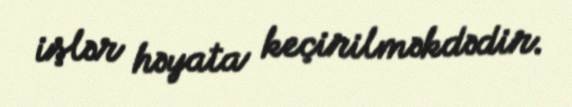
işlər həyata keçirilməkdədir.